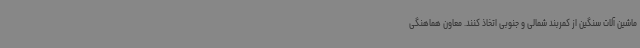
ماشین آلات سنگین از کمربند شمالی و جنوبی اتخاذ کنند. معاون هماهنگی